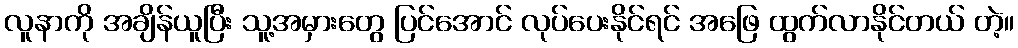
လူနာကို အချိန်ယူပြီး သူ့အမှားတွေ ပြင်အောင် လုပ်ပေးနိုင်ရင် အဖြေ ထွက်လာနိုင်တယ် တဲ့။